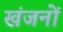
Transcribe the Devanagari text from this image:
खंजनों